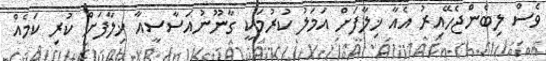
ވެސް ލިބެންޖެހޭއިރު އެއާ ޚިލާފަށް އަމަލު ކުރުމަކީ ގާނޫނުއަސާސީއާ ޚިލާފަށް ކުރި ކަމެއް